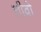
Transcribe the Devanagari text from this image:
लीव्रो